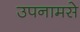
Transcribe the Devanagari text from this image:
उपनामसे